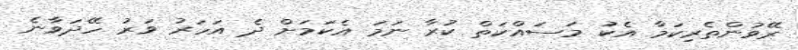
ރޭވުންތެރިކަމާ އެކު މަސައްކަތް ކުރާ ނަމަ އެކަމަށް ދެ އަހަރު ވަރު ހޭދަވާނެ